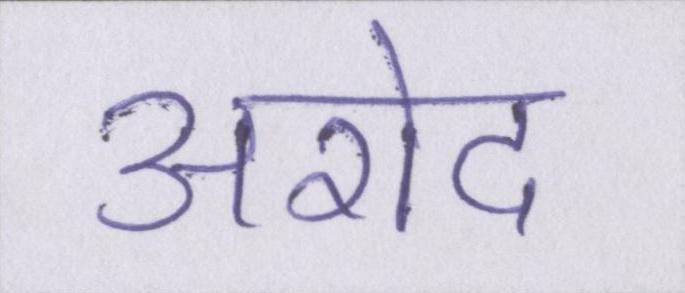
अरोद